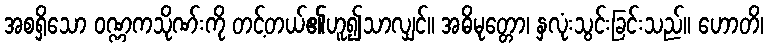
အစရှိသော ဝဏ္ဏကသိုဏ်းကို တင့်တယ်၏ဟူ၍သာလျှင်။ အဓိမုတ္တော၊ နှလုံးသွင်းခြင်းသည်။ ဟောတိ၊